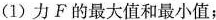
(1)力F的最大值和最小值；